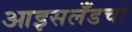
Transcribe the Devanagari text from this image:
आइसलँडचा